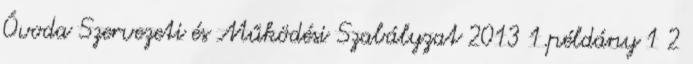
Óvoda Szervezeti és Működési Szabályzat 2013 1.példány 1 2